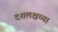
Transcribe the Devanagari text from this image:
दशलक्षच्या